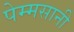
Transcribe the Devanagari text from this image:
पेम्मसानी